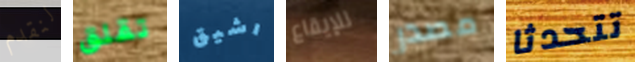
لنقدم تقلق رشيق للإيقاع مصدر تتحدثا